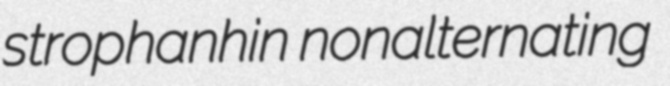
strophanhin nonalternating